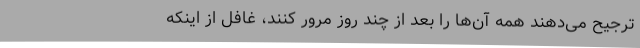
ترجیح می‌دهند همه آن‌ها را بعد از چند روز مرور کنند، غافل از اینکه